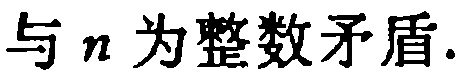
与 \(n\) 为整数矛盾.